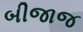
બીજાજ